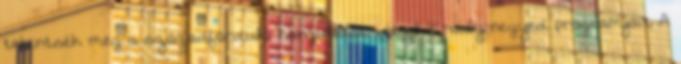
tekintsék meg a századforduló hangulatát idéző Krúdy-negyed programjait A